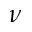
\nu